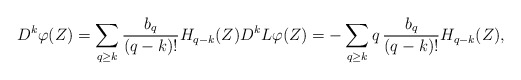
\begin{align*}D^ k\varphi(Z)=\sum_{q\geq k} \frac{b_{q}}{(q-k)!} H_{q-k}(Z) D^ kL\varphi(Z)=-\sum_{q\geq k} q\,\frac{b_{q}}{(q-k)!} H_{q-k}(Z),\end{align*}